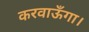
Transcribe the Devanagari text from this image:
करवाऊँगा।